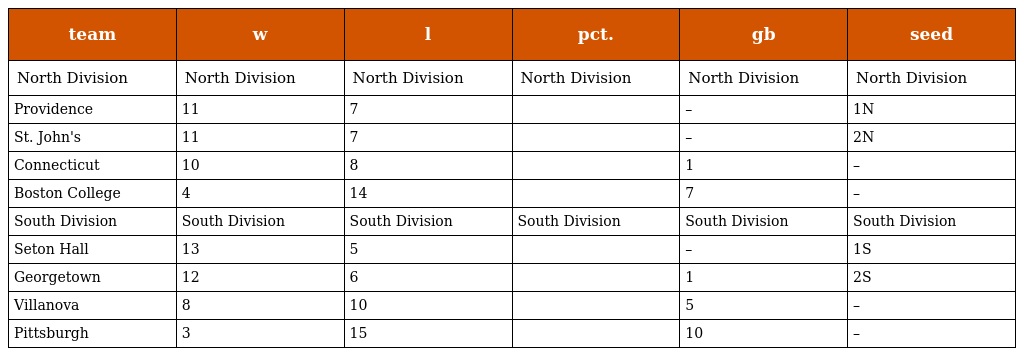
| team | w | l | pct. | gb | seed |
 | --- | --- | --- | --- | --- | --- |
 | North Division | North Division | North Division | North Division | North Division | North Division |
 | Providence | 11 | 7 |  | – | 1N |
 | St. John's | 11 | 7 |  | – | 2N |
 | Connecticut | 10 | 8 |  | 1 | – |
 | Boston College | 4 | 14 |  | 7 | – |
 | South Division | South Division | South Division | South Division | South Division | South Division |
 | Seton Hall | 13 | 5 |  | – | 1S |
 | Georgetown | 12 | 6 |  | 1 | 2S |
 | Villanova | 8 | 10 |  | 5 | – |
 | Pittsburgh | 3 | 15 |  | 10 | – |